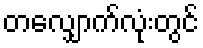
တလျှောက်လုံးတွင်